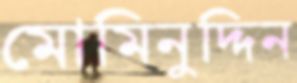
মোমিনুদ্দিন